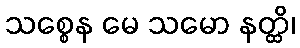
သစ္စေန မေ သမော နတ္ထိ၊